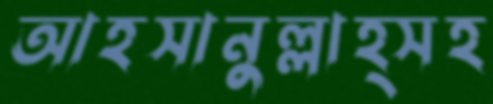
আহসানুল্লাহ্সহ